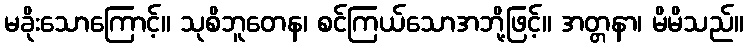
မခိုးသောကြောင့်။ သုစိဘူတေန၊ စင်ကြယ်သောအဘို့ဖြင့်။ အတ္တနာ၊ မိမိသည်။